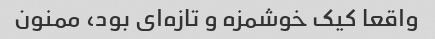
واقعا کیک خوشمزه و تازه‌ای بود، ممنون